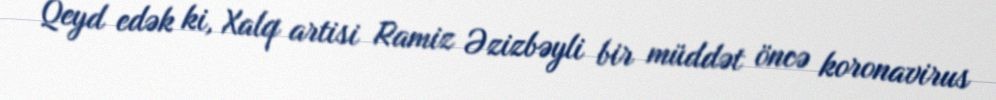
Qeyd edək ki, Xalq artisi Ramiz Əzizbəyli bir müddət öncə koronavirus